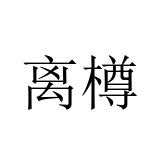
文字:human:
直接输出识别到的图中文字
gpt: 离樽